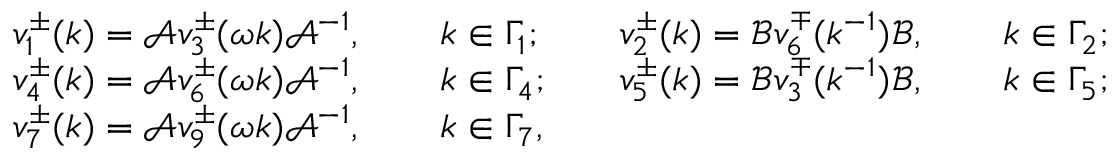
\begin{array} { r l r l } & { v _ { 1 } ^ { \pm } ( k ) = \mathcal { A } v _ { 3 } ^ { \pm } ( \omega k ) \mathcal { A } ^ { - 1 } , \qquad k \in \Gamma _ { 1 } ; } & & { v _ { 2 } ^ { \pm } ( k ) = \mathcal { B } v _ { 6 } ^ { \mp } ( k ^ { - 1 } ) \mathcal { B } , \qquad k \in \Gamma _ { 2 } ; } \\ & { v _ { 4 } ^ { \pm } ( k ) = \mathcal { A } v _ { 6 } ^ { \pm } ( \omega k ) \mathcal { A } ^ { - 1 } , \qquad k \in \Gamma _ { 4 } ; } & & { v _ { 5 } ^ { \pm } ( k ) = \mathcal { B } v _ { 3 } ^ { \mp } ( k ^ { - 1 } ) \mathcal { B } , \qquad k \in \Gamma _ { 5 } ; } \\ & { v _ { 7 } ^ { \pm } ( k ) = \mathcal { A } v _ { 9 } ^ { \pm } ( \omega k ) \mathcal { A } ^ { - 1 } , \qquad k \in \Gamma _ { 7 } , } \end{array}